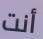
أنت